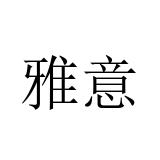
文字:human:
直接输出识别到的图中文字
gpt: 雅意